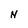
Character: N